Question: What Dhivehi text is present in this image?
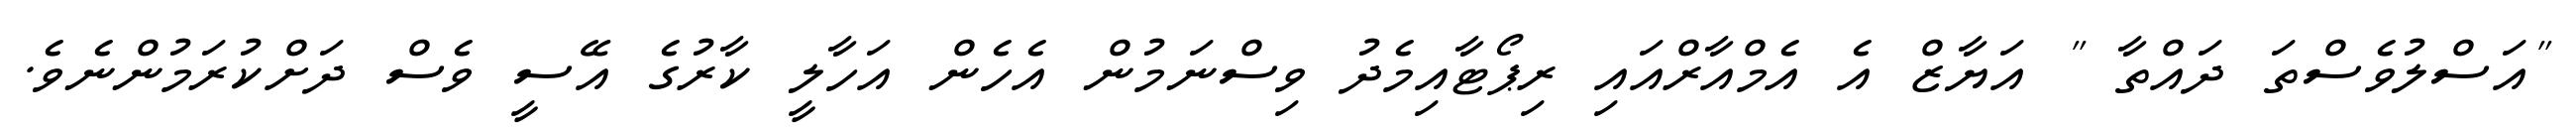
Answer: "އަސްލުވެސްތަ ދައްތާ " އަޔާޒް އެ އެމްއާރްއައި ރިޕޯޓާއިމެދު ވިސްނަމުން އެހެން އަހާލީ ކާރުގެ އޭސީ ވެސް ދަށްކުރަމުންނެވެ.